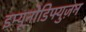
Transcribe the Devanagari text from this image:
इम्यूनोडिफ्युज़न